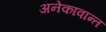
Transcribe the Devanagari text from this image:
अनेकावान्त